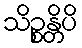
သိဉ္စန္တိပိ